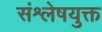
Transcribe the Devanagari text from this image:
संश्लेषयुक्त